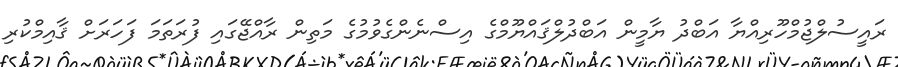
ރައީސުލްޖުމްހޫރިއްޔާ އަބްދު ޔާމީން އަބްދުލްޤައްޔޫމްގެ އިސްނެންގެވުމުގެ މަތިން ރާއްޖޭގައި ފުރަތަމަ ފަހަަރަށް ޤާއިމްކުރި